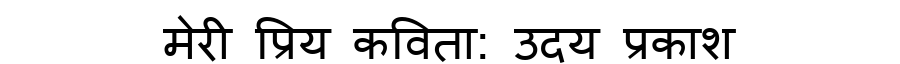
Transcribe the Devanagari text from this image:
मेरी प्रिय कविता: उदय प्रकाश